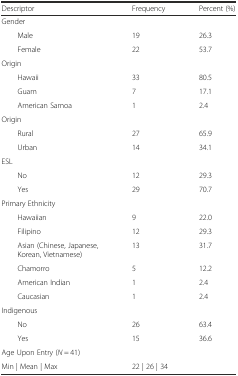
<table><thead><tr><td><b>Descriptor</b></td><td><b>Frequency</b></td><td><b>Percent (%)</b></td></tr></thead><tbody><tr><td>Gender</td><td></td><td></td></tr><tr><td>Male</td><td>19</td><td>26.3</td></tr><tr><td>Female</td><td>22</td><td>53.7</td></tr><tr><td>Origin</td><td></td><td></td></tr><tr><td>Hawaii</td><td>33</td><td>80.5</td></tr><tr><td>Guam</td><td>7</td><td>17.1</td></tr><tr><td>American Samoa</td><td>1</td><td>2.4</td></tr><tr><td>Origin</td><td></td><td></td></tr><tr><td>Rural</td><td>27</td><td>65.9</td></tr><tr><td>Urban</td><td>14</td><td>34.1</td></tr><tr><td>ESL</td><td></td><td></td></tr><tr><td>No</td><td>12</td><td>29.3</td></tr><tr><td>Yes</td><td>29</td><td>70.7</td></tr><tr><td>Primary Ethnicity</td><td></td><td></td></tr><tr><td>Hawaiian</td><td>9</td><td>22.0</td></tr><tr><td>Filipino</td><td>12</td><td>29.3</td></tr><tr><td>Asian (Chinese, Japanese, Korean, Vietnamese)</td><td>13</td><td>31.7</td></tr><tr><td>Chamorro</td><td>5</td><td>12.2</td></tr><tr><td>American Indian</td><td>1</td><td>2.4</td></tr><tr><td>Caucasian</td><td>1</td><td>2.4</td></tr><tr><td>Indigenous</td><td></td><td></td></tr><tr><td>No</td><td>26</td><td>63.4</td></tr><tr><td>Yes</td><td>15</td><td>36.6</td></tr><tr><td>Age Upon Entry (<i>N</i> = 41)</td><td></td><td></td></tr><tr><td>Min | Mean | Max</td><td colspan="2">22 | 26 | 34</td></tr></tbody></table>